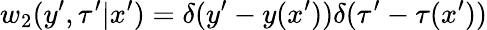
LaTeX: w_{2}(y^{\prime},\tau^{\prime}|x^{\prime})=\delta(y^{\prime}-y(x^{\prime}))\delta(\tau^{\prime}-\tau(x^{\prime}))